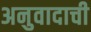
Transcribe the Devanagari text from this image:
अनुवादाची